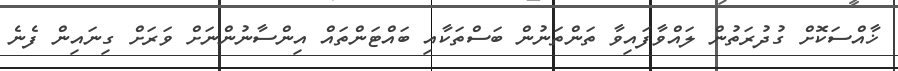
ޚާއްސަކޮށް ގުދުރަތުން ލައްވާފައިވާ ތަންތަނުން ބަސްތަކާއި ބައްޓަންތައް އިންސާނުންނަށް ވަރަށް ގިނައިން ފެނެ